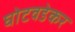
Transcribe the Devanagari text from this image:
घोटवडेकर